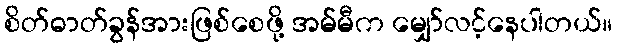
စိတ်ဓာတ်ခွန်အားဖြစ်စေဖို့ အမ်မီက မျှော်လင့်နေပါတယ်။